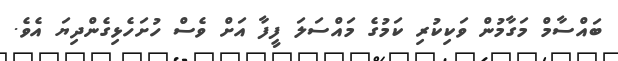
ބައްސާމް މަގާމުން ވަކިކުރި ކަމުގެ މައްސަލަ ފީފާ އަށް ވެސް ހުށަހެޅިގެންދިޔަ އެވެ.